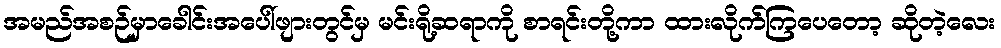
အမည်အစဉ်မှာခေါင်းအပေါ်ဖျားတွင်မှ မင်းရို့ဆရာကို စာရင်းတို့ကာ ထားလိုက်ကြပေတော့ ဆိုတဲ့လေး